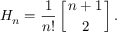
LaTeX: H _ { n } = { \frac { 1 } { n ! } } \left[ { n + 1 \atop 2 } \right] .